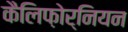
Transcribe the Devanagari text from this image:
कैलिफ़ोर्नियन